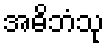
အဓိဘံသု